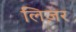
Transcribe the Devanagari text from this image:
लिज़र